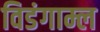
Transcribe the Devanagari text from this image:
विडंगाम्ल